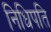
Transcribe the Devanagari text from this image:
निधिपति